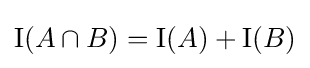
\mathrm {I} (A\cap B)=\mathrm {I} (A)+\mathrm {I} (B)